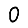
Digit: 0